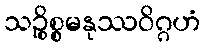
သဉ္စိစ္စမနုဿဝိဂ္ဂဟံ